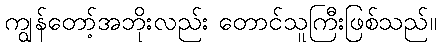
ကျွန်တော့်အဘိုးလည်း တောင်သူကြီးဖြစ်သည်။